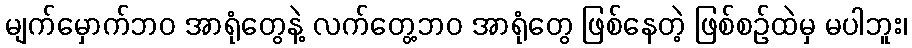
မျက်မှောက်ဘဝ အာရုံတွေနဲ့ လက်တွေ့ဘဝ အာရုံတွေ ဖြစ်နေတဲ့ ဖြစ်စဉ်ထဲမှ မပါဘူး၊